Vaccination returns of the Province of Eastern Bengal and Assam - 1905-1912
Year: 1905
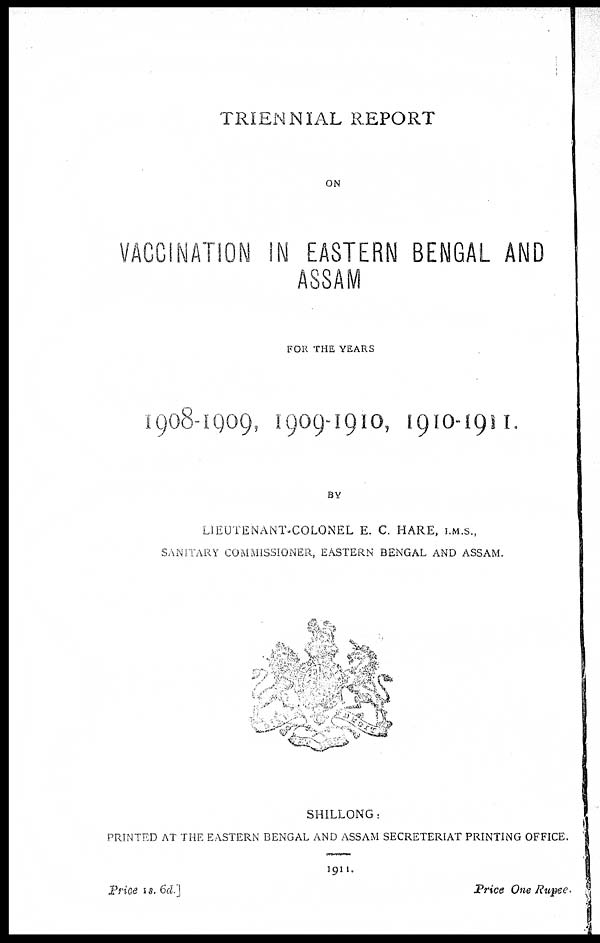
TRIENNIAL REPORT
ON
VACCINATION IN EASTERN BENGAL AND
ASSAM
FOR THE YEARS
1908-1909, 1909-1910, 1910-1911.
BY
LIEUTENANT-COLONEL E. C. HARE, I.M.S.,
SANITARY COMMISSIONER, EASTERN BENGAL AND ASSAM.
SHILLONG:
PRINTED AT THE EASTERN BENGAL AND ASSAM SECRETERIAT PRINTING OFFICE.
1911.
Price 1s. 6d.]
Price One Rupee.